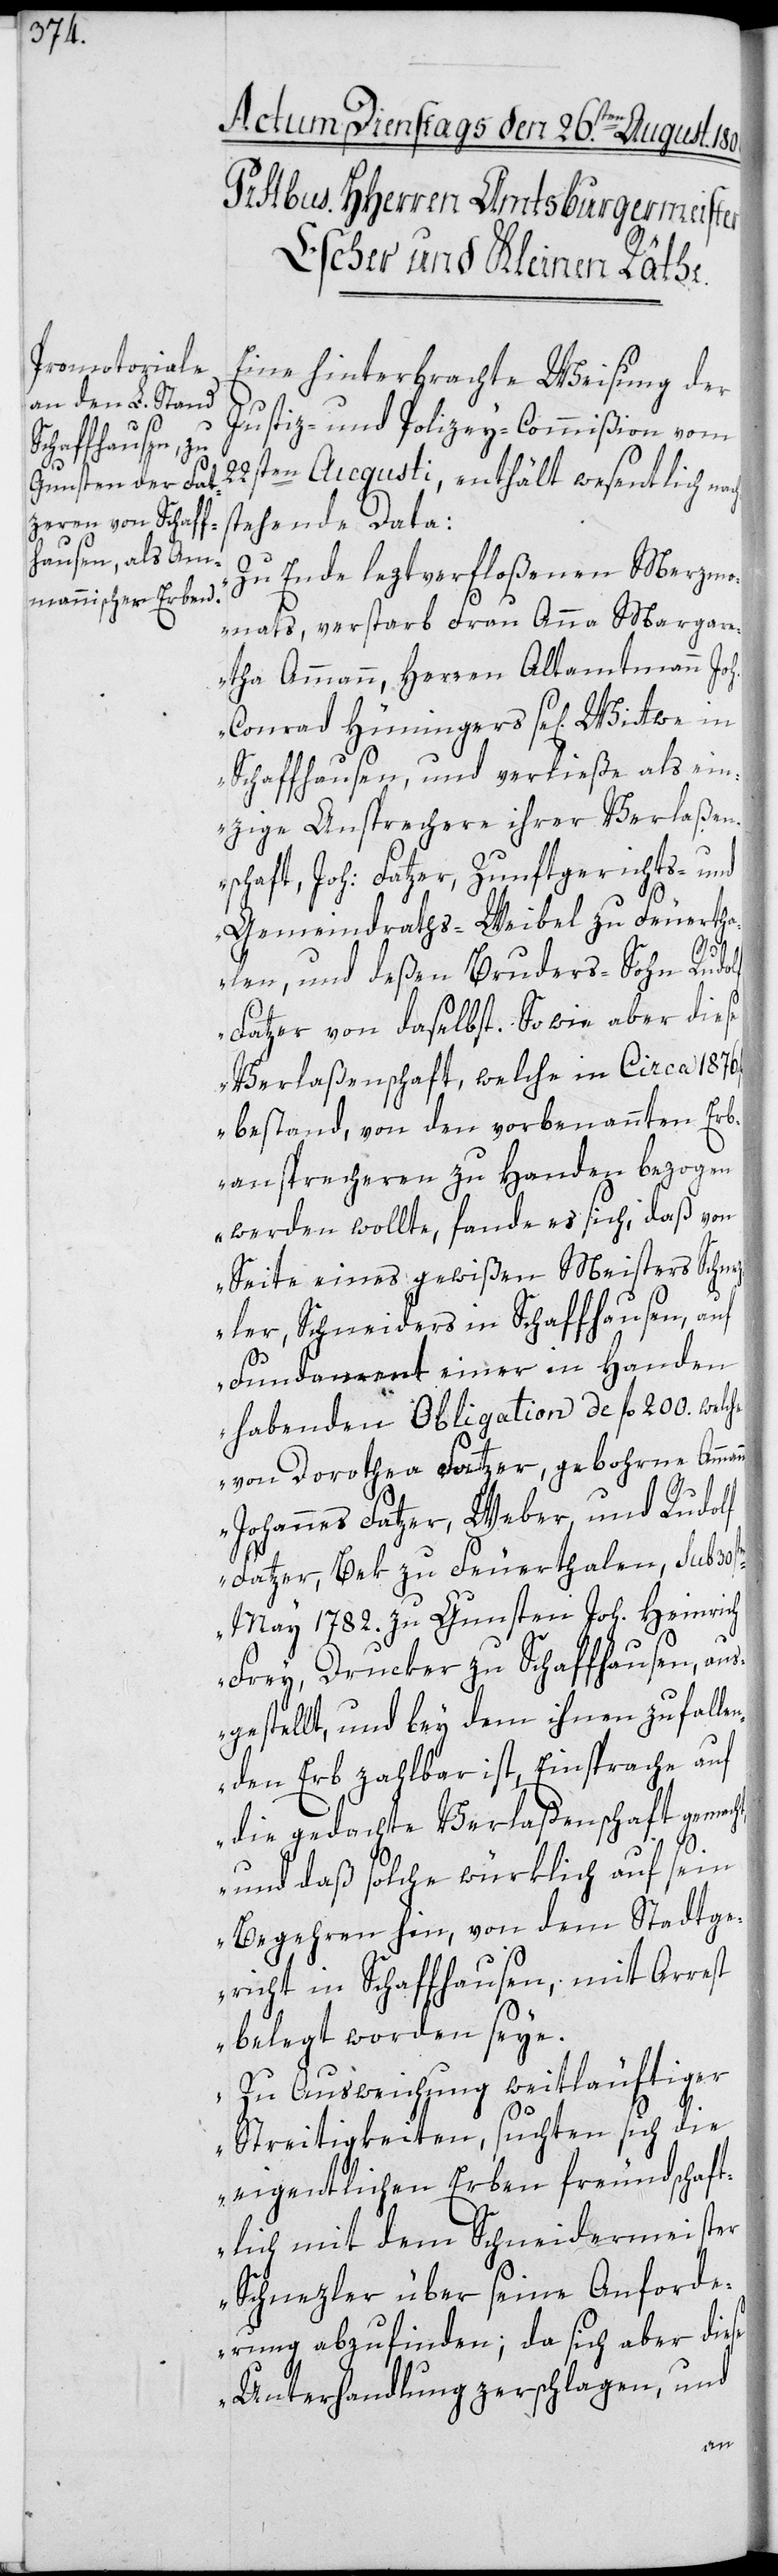
Eine hinterbrachte Weisung der
Justiz- und Polizey-Commißion vom
22sten Augusti, enthält wesentlich nac¬
tehende Data:
„Zu Ende leztverfloßenen Merzm¬
onats, verstarb Frau Anna Margar¬
etha Ammann, Herren Altamtmann Joh.
Conrad Hüningers se[ligen]
Schaffhausen, und verließe als ein¬
zige Ansprechere ihrer Verlaßen¬
schaft, Joh. Fatzer, Zunftgerichts- und
Gemeindraths-Weibel zu Feuertha¬
hs¬
len, und deßen Bruders-Sohn Rudolf
Fatzer von daselbst. So wie aber diese
Verlaßenschaft, welche in Circa 1876
bestand, von den vorbenannten Erb¬
ansprecheren zu Handen bezogen
werden wollte, fand es sich, daß von
Seite eines gewißen Meisters Schnez¬
ler, Schneiders in Schaffhausen, auf
Fundament einer in Handen
habenden Obligation de fl. 200. welche
von Dorothea Fatzer, gebohrne Amman¬
Johannes Fatzer, Weber, und Rudolf
Fatzer, Bek zu Feuerthalen, sub 30st¬
May 1782. zu Gunsten Joh. Heinrich
Frey, Drucker zu Schaffhausen, aus¬
gestellt, und bey dem ihnen zufalle¬
nden Erb zahlbar ist, Einsprache auf
die gedachte Verlaßenschaft gemacht,
und daß solche würklich auf sein
Begehren hin, von dem Stadtge¬
richt in Schaffhausen, mit Arrest
belegt worden seye.
Zu Ausweichung weitläufiger
Streitigkeiten, suchten sich die
eigentlichen Erben freundschaft¬
lich mit dem Schneidermeister
Schnezler über seine Anforde¬
rung abzufinden; da sich aber diese
Unterhandlung zerschlagen, und
en